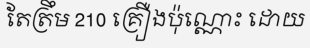
តែត្រឹម 210 គ្រឿងប៉ុណ្ណោះ ដោយ